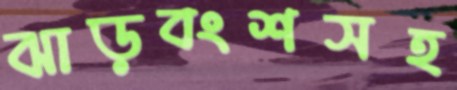
ঝাড়বংশসহ